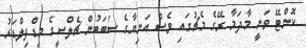
ކޮންޓޭ ވަނީ މާދަމާ ރޭގެ މެޗުގައި ވެސް އަނިޔާގެ ސަބަބުން ޗެލްސީގެ މިޑްފިލްޑަރު